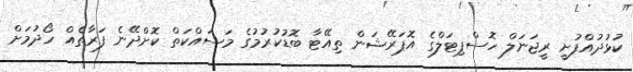
ކުޅުދުއްފުށީ ރީޖަނަލް ހޮސްޕިޓަލްގެ އޮޕަރޭޝަން ތިއޭޓާ ބޮޑުކުރުމުގެ މަސައްކަތް ކޮށްދޭނެ ފަރާތެއް ހޯދުމަށް